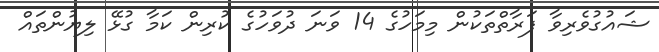
ޝައުގުވެރިވާ ފަރާތްތަކުން މިމަހުގެ 14 ވަނަ ދުވަހުގެ ކުރިން ކަމާ ގުޅޭ ލިޔުންތައް